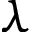
\lambda